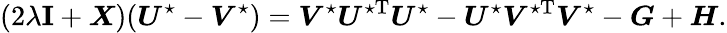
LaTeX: (2\lambda{\mathbf I}+\boldsymbol{X})(\boldsymbol{U}^{\star}-\boldsymbol{V}^{\star})=\boldsymbol{V}^{\star}\boldsymbol{U}^{\star\mathrm{T}}\boldsymbol{U}^{\star}-\boldsymbol{U}^{\star}\boldsymbol{V}^{\star\mathrm{T}}\boldsymbol{V}^{\star}-\boldsymbol{G}+\boldsymbol{H}.